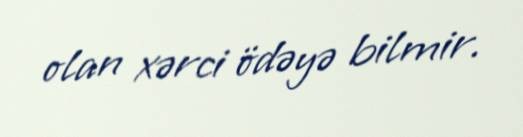
olan xərci ödəyə bilmir.